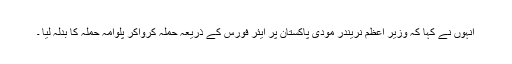
انہوں نے کہا کہ وزیر اعظم نریندر مودی پاکستان پر ایئر فورس کے ذریعہ حملہ کرواکر پلوامہ حملہ کا بدلہ لیا ۔